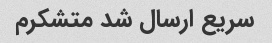
سریع ارسال شد متشکرم